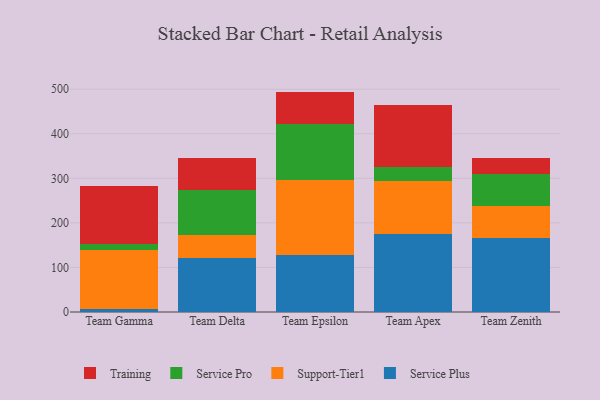
{"axis": {"x": "Team", "y": "Production Output"}, "legend": ["Service Plus", "Service Pro", "Support-Tier1", "Training"], "data": [{"x": "Team Gamma", "y": 6.7, "type": "Service Plus"}, {"x": "Team Gamma", "y": 133.3, "type": "Support-Tier1"}, {"x": "Team Gamma", "y": 11.9, "type": "Service Pro"}, {"x": "Team Gamma", "y": 131.3, "type": "Training"}, {"x": "Team Delta", "y": 120.9, "type": "Service Plus"}, {"x": "Team Delta", "y": 52.6, "type": "Support-Tier1"}, {"x": "Team Delta", "y": 100.1, "type": "Service Pro"}, {"x": "Team Delta", "y": 73.0, "type": "Training"}, {"x": "Team Epsilon", "y": 129.0, "type": "Service Plus"}, {"x": "Team Epsilon", "y": 166.2, "type": "Support-Tier1"}, {"x": "Team Epsilon", "y": 127.0, "type": "Service Pro"}, {"x": "Team Epsilon", "y": 72.4, "type": "Training"}, {"x": "Team Apex", "y": 175.1, "type": "Service Plus"}, {"x": "Team Apex", "y": 118.6, "type": "Support-Tier1"}, {"x": "Team Apex", "y": 32.5, "type": "Service Pro"}, {"x": "Team Apex", "y": 137.4, "type": "Training"}, {"x": "Team Zenith", "y": 165.7, "type": "Service Plus"}, {"x": "Team Zenith", "y": 72.2, "type": "Support-Tier1"}, {"x": "Team Zenith", "y": 70.8, "type": "Service Pro"}, {"x": "Team Zenith", "y": 37.7, "type": "Training"}]}